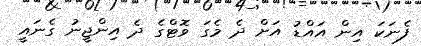
ފެނަކަ އިން އައްޑު އަށް ދެ މެގަ ވޮޓްގެ ދެ އިންޖީނު ގެނައީ